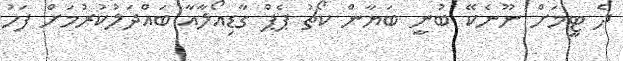
ދެ ޓީމަށް ނޫނެކޭ ބުނީ ބަޔާން ކޯޗު ޕެޕް ގާޑިއޯލާއާ ބައްދަލުކުރުމަށް ފަހު